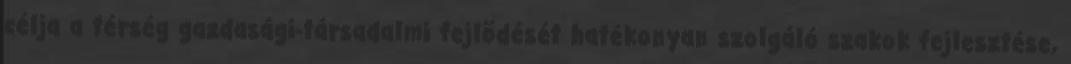
célja a térség gazdasági-társadalmi fejlõdését hatékonyan szolgáló szakok fejlesztése,